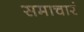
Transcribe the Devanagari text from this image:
समाचारं